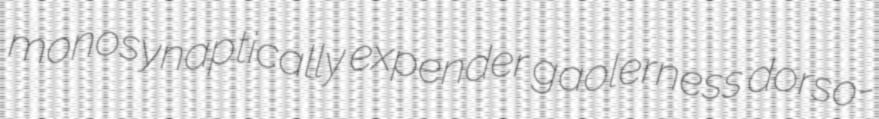
monosynaptically expender gaolerness dorso-